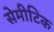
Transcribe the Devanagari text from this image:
सेमीटिक